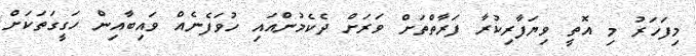
މިފަހަރު މި އޮތީ ވިޔަފާރިކުރާ ފަރާތްތަށް ވަރަށް ދެކެމުންއައި ހުވަފެެނެއް ވައިބާއިން ހަގީގަތަކަށް